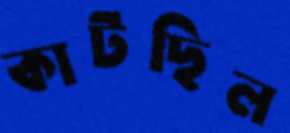
কাটছিল